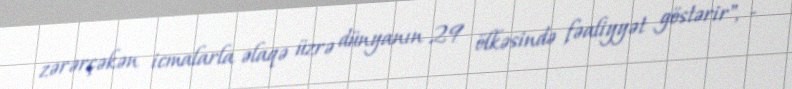
zərərçəkən icmalarla əlaqə üzrə dünyanın 29 ölkəsində fəaliyyət göstərir", -